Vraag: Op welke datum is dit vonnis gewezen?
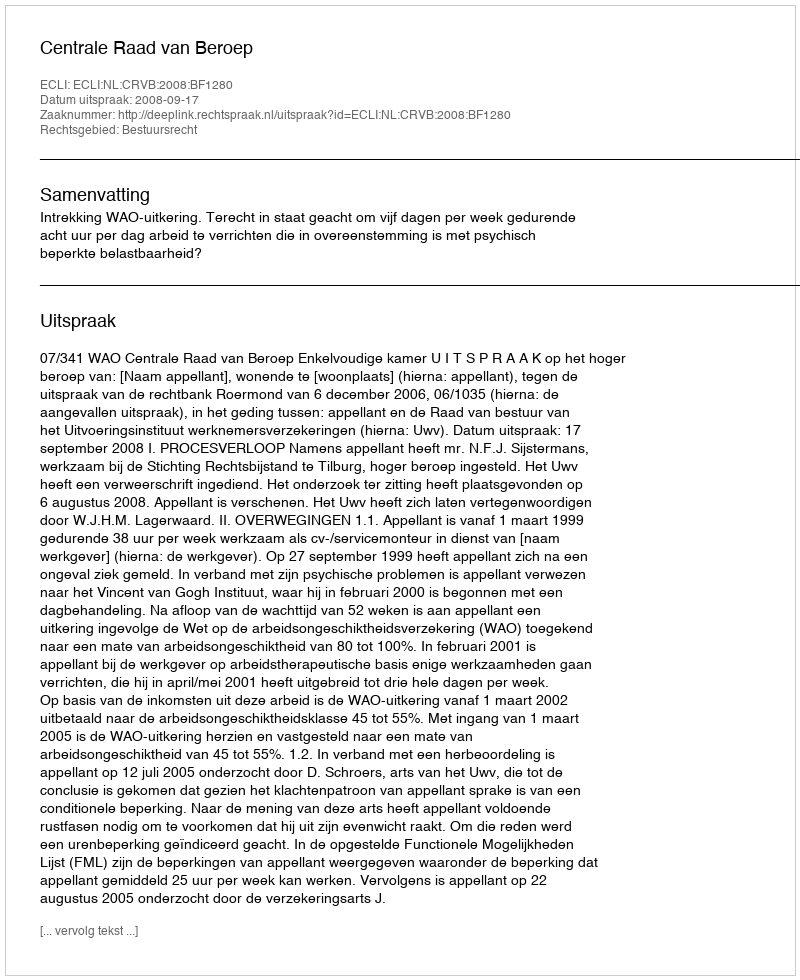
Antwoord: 2008-09-17